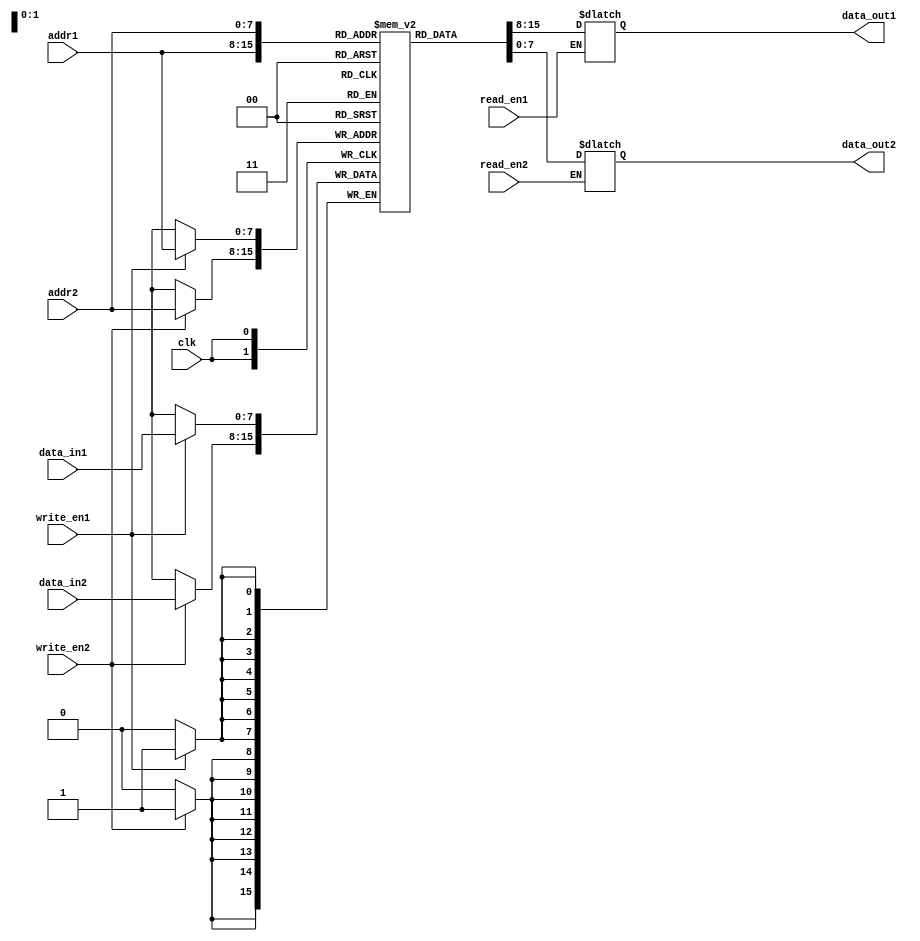
module dual_port_ram (
    input wire clk,
    input wire [7:0] addr1,
    input wire [7:0] addr2,
    input wire [7:0] data_in1,
    input wire [7:0] data_in2,
    input wire write_en1,
    input wire write_en2,
    input wire read_en1,
    input wire read_en2,
    output reg [7:0] data_out1,
    output reg [7:0] data_out2
);

reg [7:0] ram [0:255];

always @(posedge clk) begin
    if (write_en1) begin
        ram[addr1] <= data_in1;
    end
    if (write_en2) begin
        ram[addr2] <= data_in2;
    end
end

always @(*) begin
    if (read_en1) begin
        data_out1 <= ram[addr1];
    end
    if (read_en2) begin
        data_out2 <= ram[addr2];
    end
end

endmodule